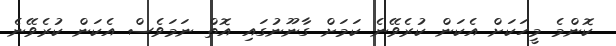
ކޮންމެ މީހަކަށް އެކަން ކުރެވޭނެ ކަމަށް ގާނޫނުގައި އޮތް ނަމަވެސް އެކަން ކުރެވޭނެ